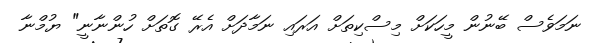
ނަމަވެސް ބޭނުން މީހަކަށް މިސްކިތަށް އަރައި ނަމާދަށް އެރޭ ގޮތަށް ހުންނާނީ" ޔުމްނާ